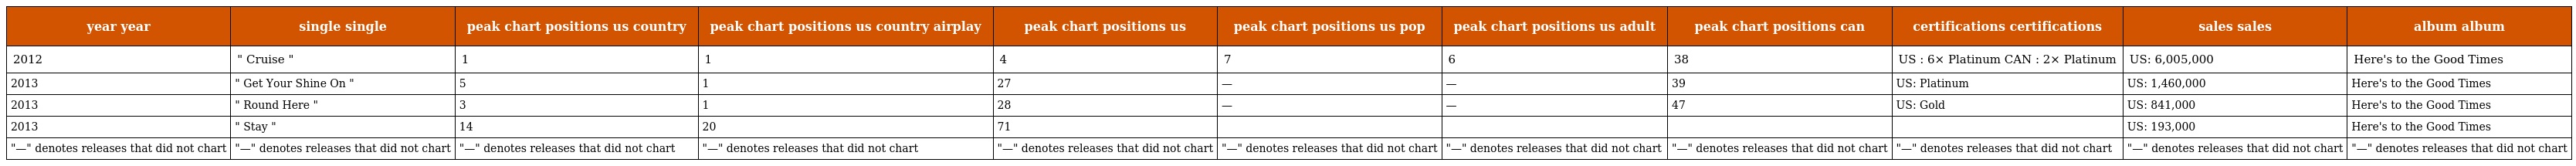
| year year | single single | peak chart positions us country | peak chart positions us country airplay | peak chart positions us | peak chart positions us pop | peak chart positions us adult | peak chart positions can | certifications certifications | sales sales | album album |
 | --- | --- | --- | --- | --- | --- | --- | --- | --- | --- | --- |
 | 2012 | " Cruise " | 1 | 1 | 4 | 7 | 6 | 38 | US : 6× Platinum CAN : 2× Platinum | US: 6,005,000 | Here's to the Good Times |
 | 2013 | " Get Your Shine On " | 5 | 1 | 27 | — | — | 39 | US: Platinum | US: 1,460,000 | Here's to the Good Times |
 | 2013 | " Round Here " | 3 | 1 | 28 | — | — | 47 | US: Gold | US: 841,000 | Here's to the Good Times |
 | 2013 | " Stay " | 14 | 20 | 71 |  |  |  |  | US: 193,000 | Here's to the Good Times |
 | "—" denotes releases that did not chart | "—" denotes releases that did not chart | "—" denotes releases that did not chart | "—" denotes releases that did not chart | "—" denotes releases that did not chart | "—" denotes releases that did not chart | "—" denotes releases that did not chart | "—" denotes releases that did not chart | "—" denotes releases that did not chart | "—" denotes releases that did not chart | "—" denotes releases that did not chart |